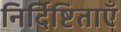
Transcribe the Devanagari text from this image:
निर्दिष्टिताएँ